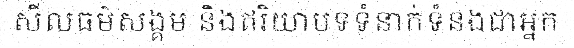
សីលធម៌សង្គម និងឥរិយាបទទំនាក់ទំនងជាអ្នក